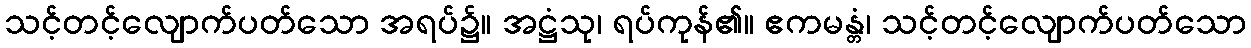
သင့်တင့်လျောက်ပတ်သော အရပ်၌။ အဋ္ဌံသု၊ ရပ်ကုန်၏။ ဧကမန္တံ၊ သင့်တင့်လျောက်ပတ်သော